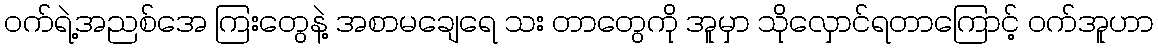
ဝက်ရဲ့အညစ်အေ ကြးတွေနဲ့ အစာမချေရေ သး တာတွေကို အူမှာ သိုလှောင်ရတာကြောင့် ဝက်အူဟာ